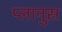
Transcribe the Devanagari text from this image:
प्लानुस